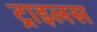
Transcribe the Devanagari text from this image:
ट्राइलस